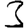
Digit: 3